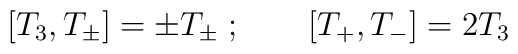
[T_{3},T_{\pm}] = \pm T_{\pm} \; ; \qquad[T_{+},T_{-}] = 2 T_{3}